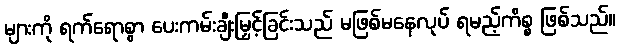
များကို ရက်ရောစွာ ပေးကမ်းချီးမြှင့်ခြင်းသည် မဖြစ်မနေလုပ် ရမည့်ကိစ္စ ဖြစ်သည်။